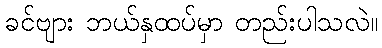
ခင်ဗျား ဘယ်နှထပ်မှာ တည်းပါသလဲ။